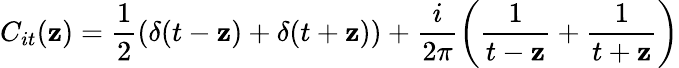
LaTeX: C_{it}(\mathbf{z})=\frac{{1}}{{2}}\left(\delta(t-\mathbf{z})+\delta(t+\mathbf{z})\right)+\frac{{i}}{{2\pi}}\left(\frac{{1}}{{t-\mathbf{z}}}+\frac{{1}}{{t+\mathbf{z}}}\right)